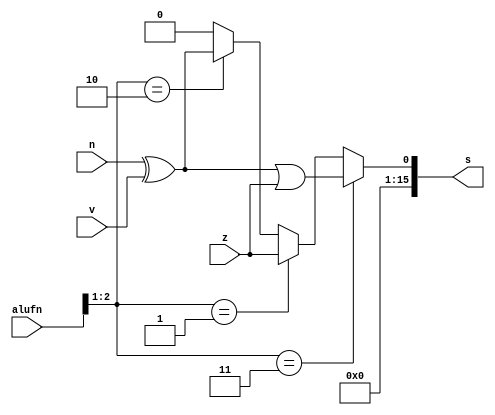
module compare16bit_9 (
    input [5:0] alufn,
    input z,
    input v,
    input n,
    output reg [15:0] s
  );
  
  
  
  always @* begin
    s[0+15-:16] = 1'h0;
    if (alufn[1+1-:2] == 2'h2) begin
      s[0+0-:1] = n ^ v;
    end
    if (alufn[1+1-:2] == 2'h1) begin
      s[0+0-:1] = z;
    end
    if (alufn[1+1-:2] == 2'h3) begin
      s[0+0-:1] = (n ^ v) | z;
    end
  end
endmodule